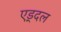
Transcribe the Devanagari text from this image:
एड्दल